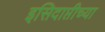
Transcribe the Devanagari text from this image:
इसिदाप्तीच्या